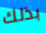
بذلك